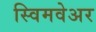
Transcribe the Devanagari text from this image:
स्विमवेअर